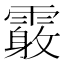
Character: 𩅓